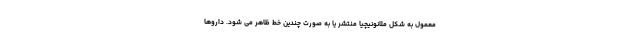
معمول به شکل ملانونیچیا منتشر یا به صورت چندین خط ظاهر می شود. داروها